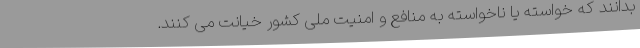
بدانند که خواسته یا ناخواسته به منافع و امنیت ملی کشور خیانت می کنند.